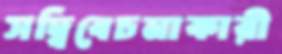
সদ্বিবেচনাকারী